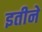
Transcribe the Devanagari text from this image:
इतीने